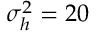
\sigma _ { h } ^ { 2 } = 2 0